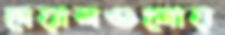
দেয়ালগুলোয়